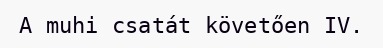
A muhi csatát követően IV.